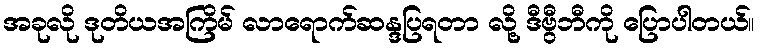
အခုလို ဒုတိယအကြိမ် လာရောက်ဆန္ဒပြရတာ လို့ ဒီဗွီဘီကို ပြောပါတယ်။